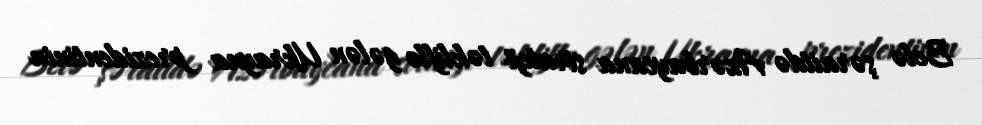
Belə şəraitdə Azərbaycana strateji təkliflə gələn Ukrayna prezidentinin